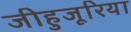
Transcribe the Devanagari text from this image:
जीहुजूरिया